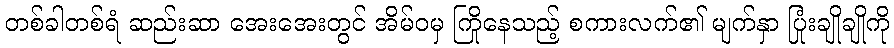
တစ်ခါတစ်ရံ ဆည်းဆာ အေးအေးတွင် အိမ်ဝမှ ကြိုနေသည့် စကားလက်၏ မျက်နှာ ပြုံးချိုချိုကို